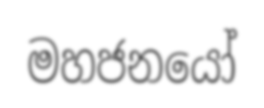
මහජනයෝ